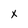
Character: x